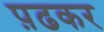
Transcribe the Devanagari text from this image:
प़ढकर